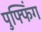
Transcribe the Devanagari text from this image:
पुफ्फिंग